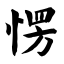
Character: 愣